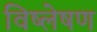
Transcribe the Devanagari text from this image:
विष्‍लेषण